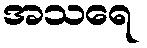
အသရေ